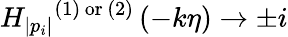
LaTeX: {H_{|p_{i}|}}^{(1)\, {\mathrm{or}}\, (2)}\left(-k\eta\right)\to\pm i